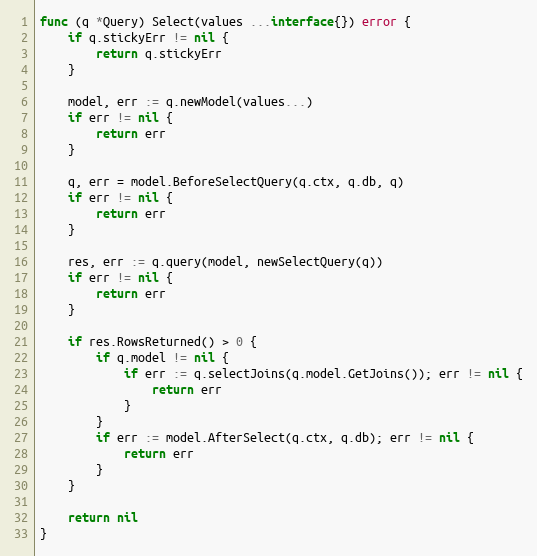
Language: Go
func (q *Query) Select(values ...interface{}) error {
	if q.stickyErr != nil {
		return q.stickyErr
	}

	model, err := q.newModel(values...)
	if err != nil {
		return err
	}

	q, err = model.BeforeSelectQuery(q.ctx, q.db, q)
	if err != nil {
		return err
	}

	res, err := q.query(model, newSelectQuery(q))
	if err != nil {
		return err
	}

	if res.RowsReturned() > 0 {
		if q.model != nil {
			if err := q.selectJoins(q.model.GetJoins()); err != nil {
				return err
			}
		}
		if err := model.AfterSelect(q.ctx, q.db); err != nil {
			return err
		}
	}

	return nil
}